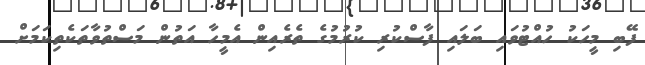
ފޭބި މީހަކު ހުއްޓުވައި ބަލައި ފާސްކުރި ކުރުމުގެ ތެރެއިން އެމީހާ އަތުން މަސްތުވާތަކެތިކަމަށް